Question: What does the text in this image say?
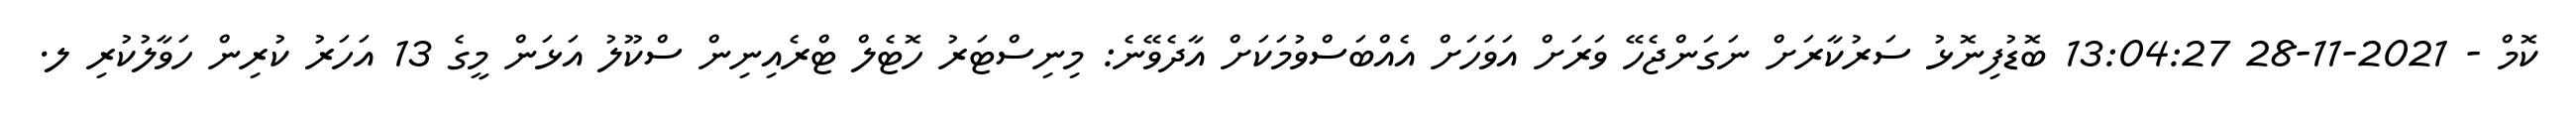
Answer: ކޮމް - 2021-11-28 13:04:27 ބޮޑުފިނޮޅު ސަރުކާރަށް ނަގަންޖެހޭ ވަރަށް އަވަހަށް އެއްބަސްވުމަކަށް އާދެވޭނެ: މިނިސްޓަރު ހޮޓެލް ޓްރެއިނިން ސްކޫލު އަޅަން މީގެ 13 އަހަރު ކުރިން ހަވާލުކުރި ލ.